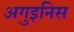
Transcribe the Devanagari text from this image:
अगुइनिस